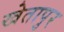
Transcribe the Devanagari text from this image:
खेतापुर